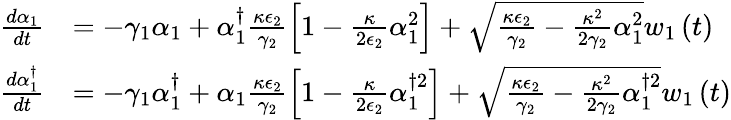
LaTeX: \begin{array}{rl}{\frac{d\alpha_{1}}{dt}}&{=-\gamma_{1}\alpha_{1}+\alpha_{1}^{\dagger}\frac{\kappa\epsilon_{2}}{\gamma_{2}}\left[1-\frac{\kappa}{2\epsilon_{2}}\alpha_{1}^{2}\right]+\sqrt{\frac{\kappa\epsilon_{2}}{\gamma_{2}}-\frac{\kappa^{2}}{2\gamma_{2}}\alpha_{1}^{2}}w_{1}\left(t\right)}\\ {\frac{d\alpha_{1}^{\dagger}}{dt}}&{=-\gamma_{1}\alpha_{1}^{\dagger}+\alpha_{1}\frac{\kappa\epsilon_{2}}{\gamma_{2}}\left[1-\frac{\kappa}{2\epsilon_{2}}\alpha_{1}^{\dagger 2}\right]+\sqrt{\frac{\kappa\epsilon_{2}}{\gamma_{2}}-\frac{\kappa^{2}}{2\gamma_{2}}\alpha_{1}^{\dagger 2}}w_{1}\left(t\right)}\end{array}